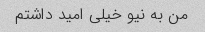
من به نیو خیلی امید داشتم